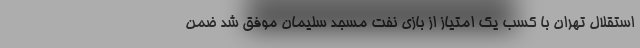
استقلال تهران با کسب یک امتیاز از بازی نفت مسجد سلیمان موفق شد ضمن